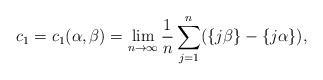
LaTeX: \begin{align*}c_1 = c_1 (\alpha ,\beta ) = \lim_{n\to \infty} \frac{1}{n} \sum_{j=1}^n (\{j\beta \}- \{j\alpha \}),\end{align*}